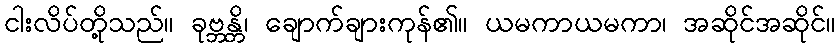
ငါးလိပ်တို့သည်။ ခုဗ္ဘန္တိ၊ ချောက်ချားကုန်၏။ ယမကာယမကာ၊ အဆိုင်အဆိုင်။